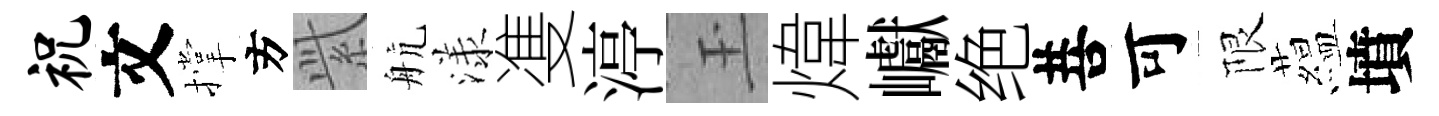
祝文撑方𬗋航漾㕠渟玉煒巘绝菩可限藴墳